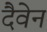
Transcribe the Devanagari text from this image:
दैवेन